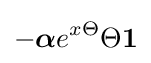
-{\boldsymbol {\alpha }}e^{x\Theta }\Theta {\boldsymbol {1}}